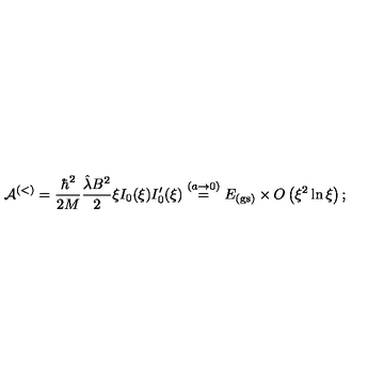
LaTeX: { \mathcal A } ^ { ( < ) } = \frac { \hbar ^ { 2 } } { 2 M } \frac { \hat { \lambda } B ^ { 2 } } { 2 } \xi I _ { 0 } ( \xi ) I _ { 0 } ^ { \prime } ( \xi ) \stackrel { ( a \rightarrow 0 ) } { = } E _ { \mathrm { ( g s ) } } \times O \left( \xi ^ { 2 } \ln \xi \right) ;